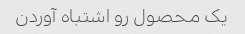
یک محصول رو اشتباه آوردن